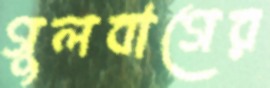
গুলবাগের